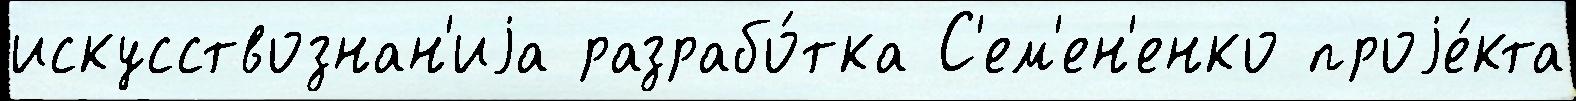
искусствознан'иjа разрабо́тка С'ем'ен'енко проjе́кта